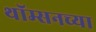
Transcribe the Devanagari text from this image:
थॉम्सनच्या